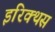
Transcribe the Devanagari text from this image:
इरिक्थस